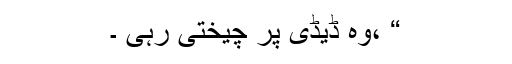
“ ،وہ ڈیڈی پر چیختی رہی ۔